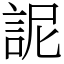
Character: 䛏